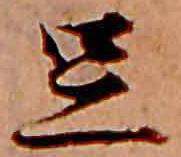
足